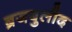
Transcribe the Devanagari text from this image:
ब्रजबुलीद